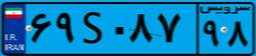
۶۹S۰۸۷۹۸